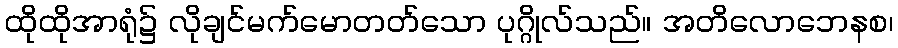
ထိုထိုအာရုံ၌ လိုချင်မက်မောတတ်သော ပုဂ္ဂိုလ်သည်။ အတိလောဘေနစ၊